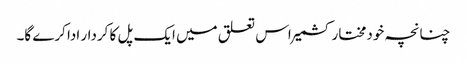
چنانچہ خودمختار کشمیر اس تعلق میں ایک پل کا کردار ادا کرے گا۔